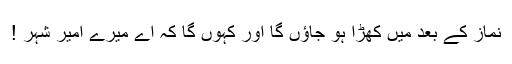
نماز کے بعد میں کھڑا ہو جاؤں گا اور کہوں گا کہ اے میرے امیر شہر !